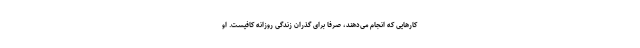
کارهایی که انجام می‌دهند، صرفا برای گذران زندگی روزانه کافیست. او